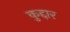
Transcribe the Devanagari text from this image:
कुद्दार